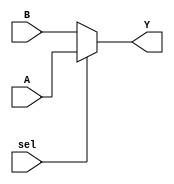
module mux_32(
    input sel,
    input[31:0] A,
    input [31:0]B,
    output [31:0] Y
    );

    assign Y = (sel==1) ? A : B;
    
endmodule